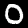
Digit: 0